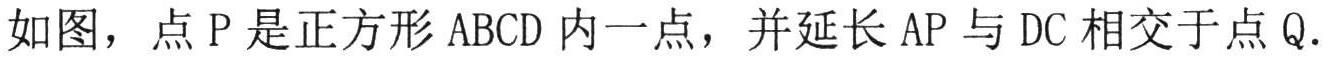
如图，点\(P\)是正方形\(ABCD\)内一点，并延长\(AP\)与\(DC\)相交于点\(Q\).